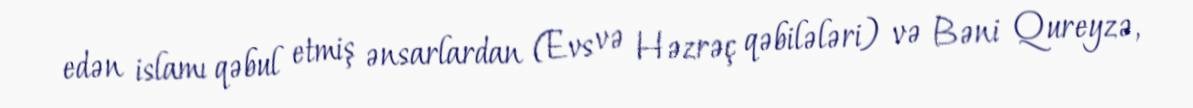
edən islamı qəbul etmiş ənsarlardan (Evs və Həzrəç qəbilələri) və Bəni Qureyzə,